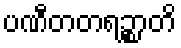
ပဏီတတရဉ္စာတိ